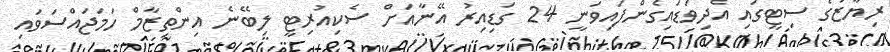
ރިޔާޒުގެ ސިޓީގައި އެދިވަޑައިގެންފައިވަނީ 24 ގަޑިއިރު އޭނާއަށް ސެކިއުރިޓީ ލިބޭނެ އިންތިޒާމް ހަމަޖައްސަވައި